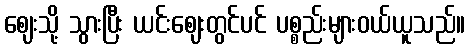
ဈေးသို့ သွားပြီး ယင်းဈေးတွင်ပင် ပစ္စည်းများဝယ်ယူသည်။